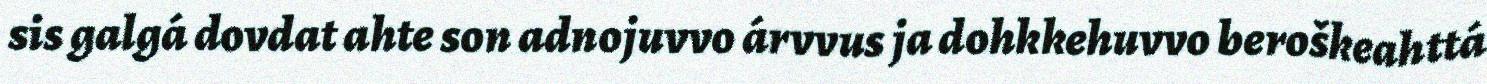
sis galgá dovdat ahte son adnojuvvo árvvus ja dohkkehuvvo beroškeahttá